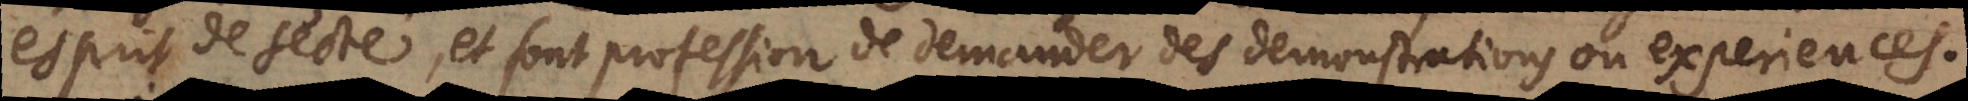
esprit de secte, et font profession de demander des demonstrations ou experiences.